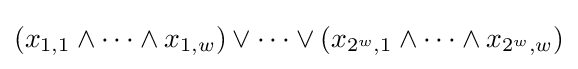
(x_{1,1}\land \cdots \land x_{1,w})\lor \cdots \lor (x_{2^{w},1}\land \cdots \land x_{2^{w},w})